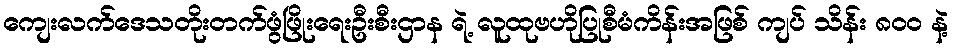
ကျေးလက်ဒေသတိုးတက်ဖွံဖြိုးရေးဦးစီးဌာန ရဲ့ လူထုဗဟိုပြုစီမံကိန်းအဖြစ် ကျပ် သိန်း ၈၀၀ နဲ့